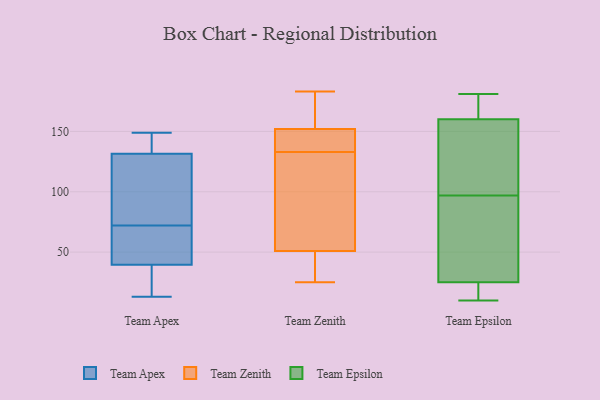
{"axis": {"x": "Temperature (°C)", "y": "Value"}, "legend": ["Team Apex", "Team Epsilon", "Team Zenith"], "data": [{"x": "", "y": 118, "type": "Team Apex"}, {"x": "", "y": 146, "type": "Team Apex"}, {"x": "", "y": 117, "type": "Team Apex"}, {"x": "", "y": 149, "type": "Team Apex"}, {"x": "", "y": 58, "type": "Team Apex"}, {"x": "", "y": 33, "type": "Team Apex"}, {"x": "", "y": 86, "type": "Team Apex"}, {"x": "", "y": 13, "type": "Team Apex"}, {"x": "", "y": 26, "type": "Team Apex"}, {"x": "", "y": 47, "type": "Team Apex"}, {"x": "", "y": 46, "type": "Team Apex"}, {"x": "", "y": 145, "type": "Team Apex"}, {"x": "", "y": 52, "type": "Team Zenith"}, {"x": "", "y": 50, "type": "Team Zenith"}, {"x": "", "y": 153, "type": "Team Zenith"}, {"x": "", "y": 147, "type": "Team Zenith"}, {"x": "", "y": 38, "type": "Team Zenith"}, {"x": "", "y": 67, "type": "Team Zenith"}, {"x": "", "y": 183, "type": "Team Zenith"}, {"x": "", "y": 148, "type": "Team Zenith"}, {"x": "", "y": 25, "type": "Team Zenith"}, {"x": "", "y": 183, "type": "Team Zenith"}, {"x": "", "y": 129, "type": "Team Zenith"}, {"x": "", "y": 151, "type": "Team Zenith"}, {"x": "", "y": 162, "type": "Team Zenith"}, {"x": "", "y": 137, "type": "Team Zenith"}, {"x": "", "y": 111, "type": "Team Zenith"}, {"x": "", "y": 48, "type": "Team Zenith"}, {"x": "", "y": 97, "type": "Team Epsilon"}, {"x": "", "y": 130, "type": "Team Epsilon"}, {"x": "", "y": 160, "type": "Team Epsilon"}, {"x": "", "y": 163, "type": "Team Epsilon"}, {"x": "", "y": 31, "type": "Team Epsilon"}, {"x": "", "y": 30, "type": "Team Epsilon"}, {"x": "", "y": 25, "type": "Team Epsilon"}, {"x": "", "y": 18, "type": "Team Epsilon"}, {"x": "", "y": 21, "type": "Team Epsilon"}, {"x": "", "y": 97, "type": "Team Epsilon"}, {"x": "", "y": 181, "type": "Team Epsilon"}, {"x": "", "y": 10, "type": "Team Epsilon"}, {"x": "", "y": 105, "type": "Team Epsilon"}, {"x": "", "y": 167, "type": "Team Epsilon"}]}